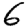
Digit: 6